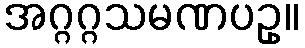
အဂ္ဂဂ္ဂသမဏပဥှ။